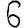
Digit: 6